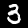
Digit: 3